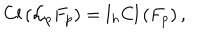
\mathrm { C l } \left( { \cal L } _ { p } F _ { p } \right) = l _ { h } \mathrm { C l } \left( F _ { p } \right) ,